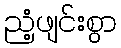
ညံ့ဖျင်းစွာ